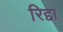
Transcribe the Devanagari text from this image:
रिद्दा